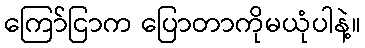
ကြော်ငြာက ပြောတာကိုမယုံပါနဲ့။